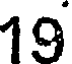
19